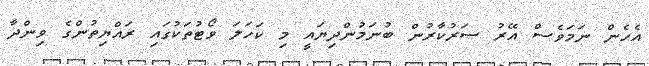
އެހެން ނަމަވެސް އޭރު ސަރުކާރުން ބުނަމުންދިޔައީ މި ކަހަލަ ވޯޓުތަކުގައި ރައްޔިތުންގެ ވިންދާ